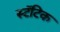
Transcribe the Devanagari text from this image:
स्टॅटिक